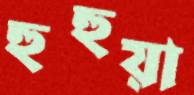
হুহুয়া